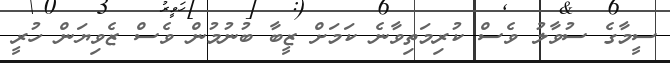
ސީމާގެ ސުވާލު ވެސް ކުރިމަތިވާނެ ކަމަށް ޒީބާ ބުނުމުން ވެސް ޒެވިޔަން ހުރީ